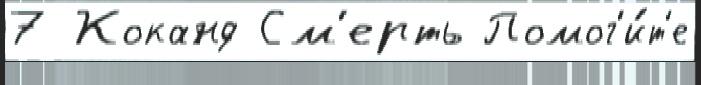
7 Коканд См'ерть Помог'и́т'е